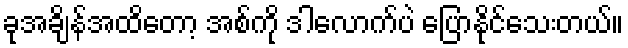
ခုအချိန်အထိတော့ အစ်ကို ဒါလောက်ပဲ ပြောနိုင်သေးတယ်။